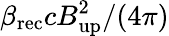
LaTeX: \beta_{\mathrm{rec}}cB_{\mathrm{up}}^{2}/(4\pi)